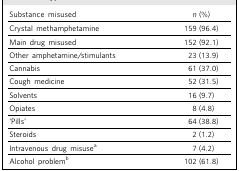
<table><thead><tr><td><b>Substance misused</b></td><td><b><i>n</i> (%)</b></td></tr></thead><tbody><tr><td>Crystal methamphetamine</td><td>159 (96.4)</td></tr><tr><td>Main drug misused</td><td>152 (92.1)</td></tr><tr><td>Other amphetamine/stimulants</td><td>23 (13.9)</td></tr><tr><td>Cannabis</td><td>61 (37.0)</td></tr><tr><td>Cough medicine</td><td>52 (31.5)</td></tr><tr><td>Solvents</td><td>16 (9.7)</td></tr><tr><td>Opiates</td><td>8 (4.8)</td></tr><tr><td>‘Pills’</td><td>64 (38.8)</td></tr><tr><td>Steroids</td><td>2 (1.2)</td></tr><tr><td>Intravenous drug misuse<sup>a</sup></td><td>7 (4.2)</td></tr><tr><td>Alcohol problem<sup>b</sup></td><td>102 (61.8)</td></tr></tbody></table>